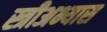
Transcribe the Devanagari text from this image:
स्त्रीअभ्यास